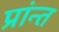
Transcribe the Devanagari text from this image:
प्रांन्त